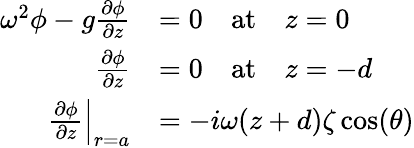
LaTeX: \begin{array}{rl}{\omega^{2}\phi-g\frac{\partial\phi}{\partial z}}&{=0\quad\mathrm{at}\quad z=0}\\ {\frac{\partial\phi}{\partial z}}&{=0\quad\mathrm{at}\quad z=-d}\\ {\frac{\partial\phi}{\partial z}\Bigr|_{r=a}}&{=-i\omega(z+d)\zeta\cos(\theta)}\end{array}